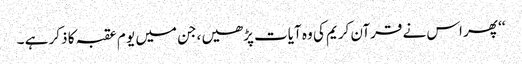
‘‘ پھر اس نے قرآن کریم کی وہ آیات پڑھیں ،جن میں یو م عقبہ کا ذکر ہے ۔